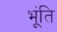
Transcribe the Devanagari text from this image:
भूंति